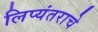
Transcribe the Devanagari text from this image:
लिप्यंतराचे